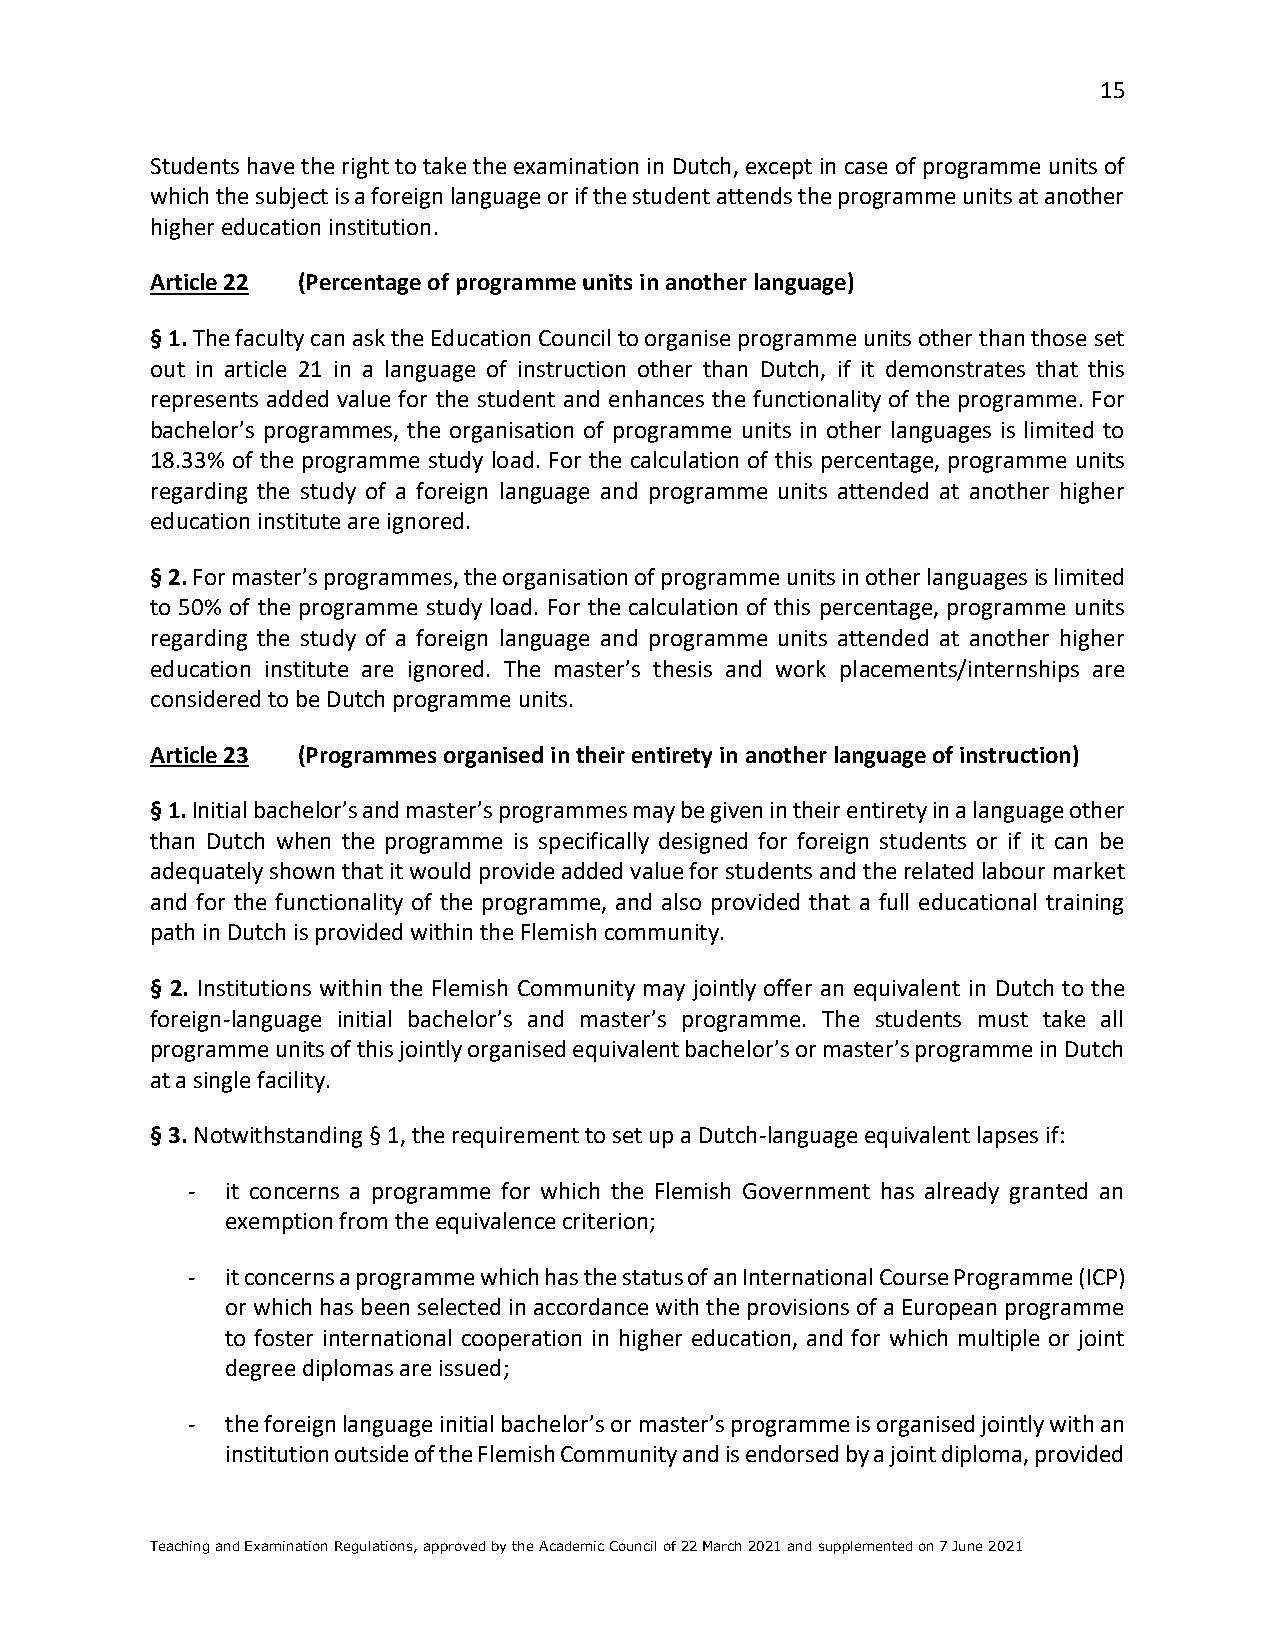
15
 Students have the right to take the examination in Dutch, except in case of programme units of
 which the subject is a foreign language or if the student attends the programme units at another
 higher education institution.
 Article 22 (Percentage of programme units in another language)
 § 1. The faculty can ask the Education Council to organise programme units other than those set
 out in article 21 in a language of instruction other than Dutch, if it demonstrates that this
 represents added value for the student and enhances the functionality of the programme. For
 bachelor’s programmes, the organisation of programme units in other languages is limited to
 18.33% of the programme study load. For the calculation of this percentage, programme units
 regarding the study of a foreign language and programme units attended at another higher
 education institute are ignored.
 § 2. For master’s programmes, the organisation of programme units in other languages is limited
 to 50% of the programme study load. For the calculation of this percentage, programme units
 regarding the study of a foreign language and programme units attended at another higher
 education institute are ignored. The master’s thesis and work placements/internships are
 considered to be Dutch programme units.
 Article 23 (Programmes organised in their entirety in another language of instruction)
 § 1. Initial bachelor’s and master’s programmes may be given in their entirety in a language other
 than Dutch when the programme is specifically designed for foreign students or if it can be
 adequately shown that it would provide added value for students and the related labour market
 and for the functionality of the programme, and also provided that a full educational training
 path in Dutch is provided within the Flemish community.
 § 2. Institutions within the Flemish Community may jointly offer an equivalent in Dutch to the
 foreign-language initial bachelor’s and master’s programme. The students must take all
 programme units of this jointly organised equivalent bachelor’s or master’s programme in Dutch
 at a single facility.
 § 3. Notwithstanding § 1, the requirement to set up a Dutch-language equivalent lapses if:
 -  it concerns a programme for which the Flemish Government has already granted an
 exemption from the equivalence criterion;
 -  it concerns a programme which has the status of an International Course Programme (ICP)
 or which has been selected in accordance with the provisions of a European programme
 to foster international cooperation in higher education, and for which multiple or joint
 degree diplomas are issued;
 -  the foreign language initial bachelor’s or master’s programme is organised jointly with an
 institution outside of the Flemish Community and is endorsed by a joint diploma, provided
 Teaching and Examination Regulations, approved by the Academic Council of 22 March 2021 and supplemented on 7 June 2021